Civil Veterinary Department Bihar & Orissa reports 1911-21 - 1911-1921
Year: 1911
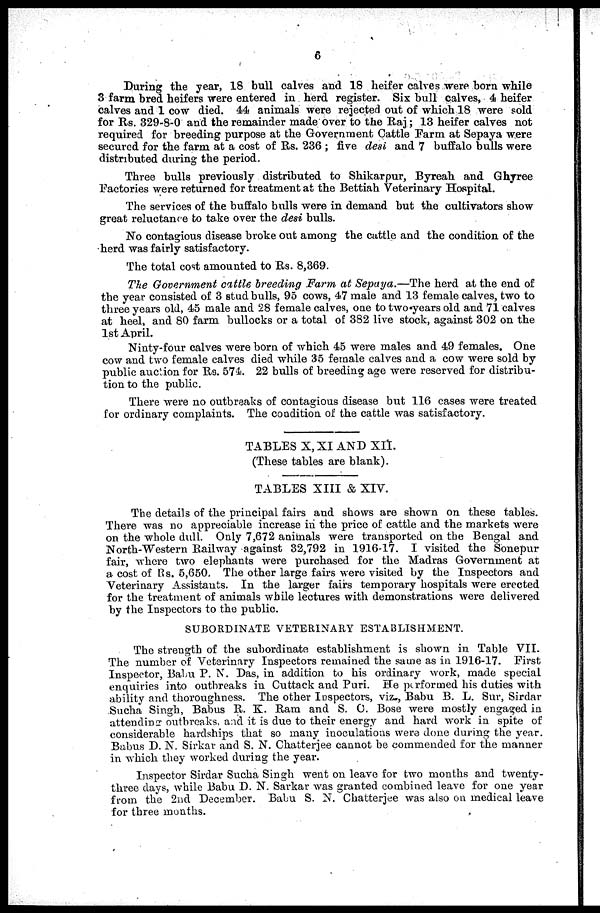
6
During the year, 18 bull calves and 18 heifer calves were born while
3 farm bred heifers were entered in herd register. Six bull calves, 4 heifer
calves and 1 cow died. 44 animals were rejected out of which 18 were sold
for Rs. 329-8-0 and the remainder made over to the Raj; 13 heifer calves not
required for breeding purpose at the Government Cattle Farm at Sepaya were
secured for the farm at a cost of Rs. 236 ; five desi and 7 buffalo bulls were
distributed during the period.
Three bulls previously distributed to Shikarpur, Byreah and Ghyree
Factories were returned for treatment at the Bettiah Veterinary Hospital.
The services of the buffalo bulls were in demand but the cultivators show
great reluctance to take over the desi bulls.
No contagious disease broke out among the cattle and the condition of the
herd was fairly satisfactory.
The total cost amounted to Rs. 8,369.
The Government cattle breeding Farm at Sepaya.—The herd at the end of
the year consisted of 3 stud bulls, 95 cows, 47 male and 13 female calves, two to
three years old, 45 male and 28 female calves, one to two years old and 71 calves
at heel, and 80 farm bullocks or a total of 382 live stock, against 302 on the
1st April.
Ninty-four calves were born of which 45 were males and 49 females. One
cow and two female calves died while 35 female calves and a cow were sold by
public auction for R9. 574. 22 bulls of breeding age were reserved for distribu-
tion to the public.
There were no outbreaks of contagious disease but 116 cases were treated
for ordinary complaints. The condition of the cattle was satisfactory.
TABLES X, XI AND XII.
(These tables are blank).
TABLES XIII & XIV.
The details of the principal fairs and shows are shown on these tables.
There was no appreciable increase in the price of cattle and the markets were
on the whole dull. Only 7,672 animals were transported on the Bengal and
North-Western Railway against 32,792 in 1916-17. I visited the Sonepur
fair, where two elephants were purchased for the Madras Government at
a cost of Rs. 5,650. The other large fairs were visited by the Inspectors and
Veterinary Assistants. In the larger fairs temporary hospitals were erected
for the treatment of animals while lectures with demonstrations were delivered
by the Inspectors to the public.
SUBORDINATE VETERINARY ESTABLISHMENT.
The strength of the subordinate establishment is shown in Table VII.
The number of Veterinary Inspectors remained the same as in 1916-17. First
Inspector, Babu P. N. Das, in addition to his ordinary work, made special
enquiries into outbreaks in Cuttack and Puri. He performed his duties with
ability and thoroughness. The other Inspectors, viz., Babu B. L. Sur, Sirdar
Sucha Singh, Babus R. K. Ram and S. C. Bose were mostly engaged in
attending outbreaks and it is due to their energy and hard work in spite of
considerable hardships that so many inoculations were done during the year.
Babus D. N. Sirkar and S. N. Chatterjee cannot be commended for the manner
in which they worked during the year.
Inspector Sirdar Sucha Singh went on leave for two months and twenty-
three days, while Babu D. N. Sarkar was granted combined leave for one year
from the 2nd December. Babu S. N. Chatterjee was also on medical leave
for three months.